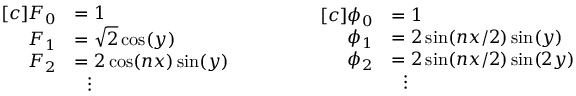
\begin{array} { r l } { [ c ] F _ { 0 } } & { = 1 } \\ { F _ { 1 } } & { = \sqrt { 2 } \cos ( y ) } \\ { F _ { 2 } } & { = 2 \cos ( n x ) \sin ( y ) } \\ & { \ \ \vdots } \end{array} \qquad \qquad \begin{array} { r l } { [ c ] \phi _ { 0 } } & { = 1 } \\ { \phi _ { 1 } } & { = 2 \sin ( n x / 2 ) \sin ( y ) } \\ { \phi _ { 2 } } & { = 2 \sin ( n x / 2 ) \sin ( 2 y ) } \\ & { \ \ \vdots } \end{array}